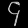
Digit: ၄